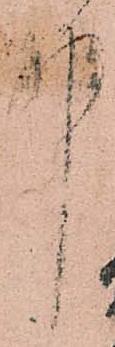
中